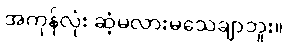
အကုန်လုံး ဆံ့မလားမသေချာဘူး။